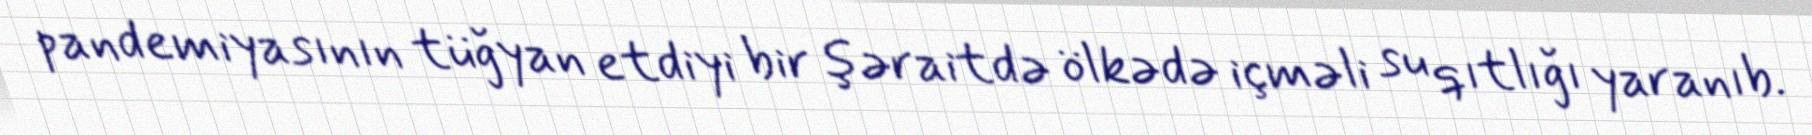
pandemiyasının tüğyan etdiyi bir şəraitdə ölkədə içməli su qıtlığı yaranıb.